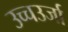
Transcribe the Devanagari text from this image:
उच्चउर्जा